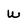
Character: w